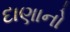
દાણાનો